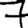
Digit: 7